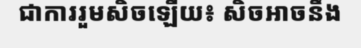
ជាការរួមសិចឡើយ៖ សិចអាចនឹង